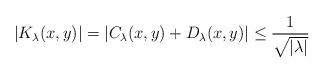
LaTeX: \begin{align*}|K_\lambda(x,y)|=|C_\lambda(x,y)+D_\lambda(x,y)|\leq \frac{1}{\sqrt{|\lambda|}}\end{align*}